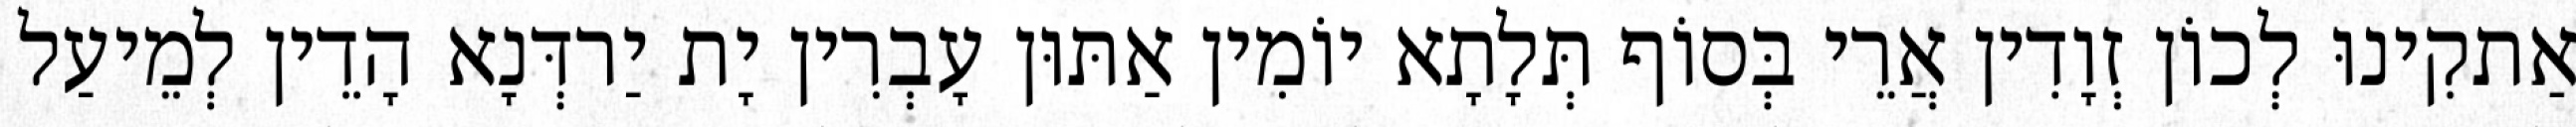
אַתקִינוּ לְכוֹן זְוָדִין אֲרֵי בְּסוֹף תְּלָתָא יוֹמִין אַתּוּן עָבְרִין יָת יַרדְּנָא הָדֵין לְמֵיעַל